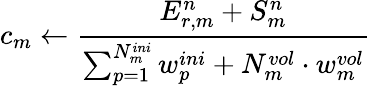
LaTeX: c_{m}\leftarrow\frac{E_{r,m}^{n}+S_{m}^{n}}{\sum_{p=1}^{N_{m}^{ini}}w_{p}^{ini}+N_{m}^{vol}\cdot w_{m}^{vol}}